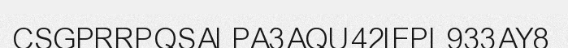
CSGPRRPQSALPA3AQU42IEPL933AY8